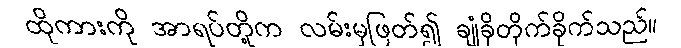
ထိုကားကို အာရပ်တို့က လမ်းမှဖြတ်၍ ချုံခိုတိုက်ခိုက်သည်။